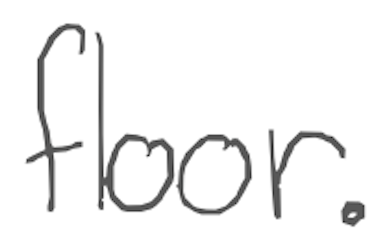
Text: floor.
Cross-out: clean
Writing tool: digital_gray